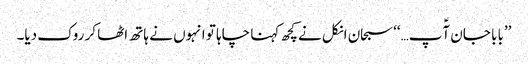
’’بابا جان آؑپ…‘‘سبحان انکل نے کچھ کہنا چاہا تو انہوں نے ہاتھ اٹھا کر روک دیا۔